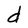
Character: d